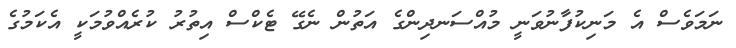
ނަމަވެސް އެ މަނިކުފާނުވަނީ މުއްސަނދިންގެ އަތުން ނެގޭ ޓެކްސް އިތުރު ކުރެއްވުމަކީ އެެކަމުގެ